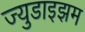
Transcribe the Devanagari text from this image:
ज्युडाइझम